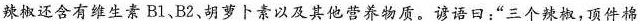
辣椒还含有维生素B1、B2、胡萝卜素以及其他营养物质。谚语日：”三个辣椒，顶件棉